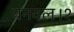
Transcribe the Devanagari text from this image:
बनवल।१